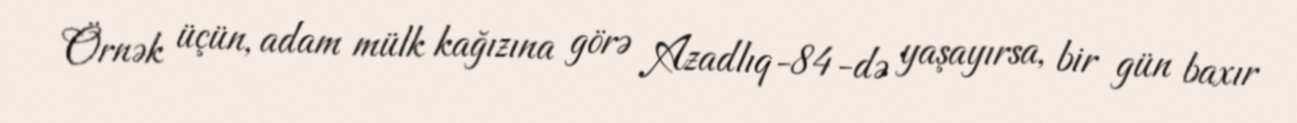
Örnək üçün, adam mülk kağızına görə Azadlıq-84-də yaşayırsa, bir gün baxır